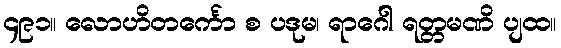
၄၉၁။ လောဟိတင်္ကော စ ပဒုမ၊ ရာဂေါ ရတ္တမဏိ ပျထ။